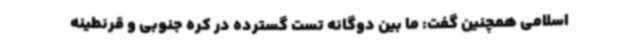
اسلامی همچنین گفت: ما بین دوگانه تست گسترده در کره جنوبی و قرنطینه